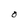
Character: O